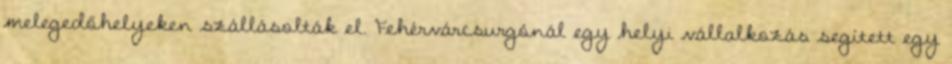
melegedőhelyeken szállásolták el. Fehérvárcsurgónál egy helyi vállalkozás segített egy